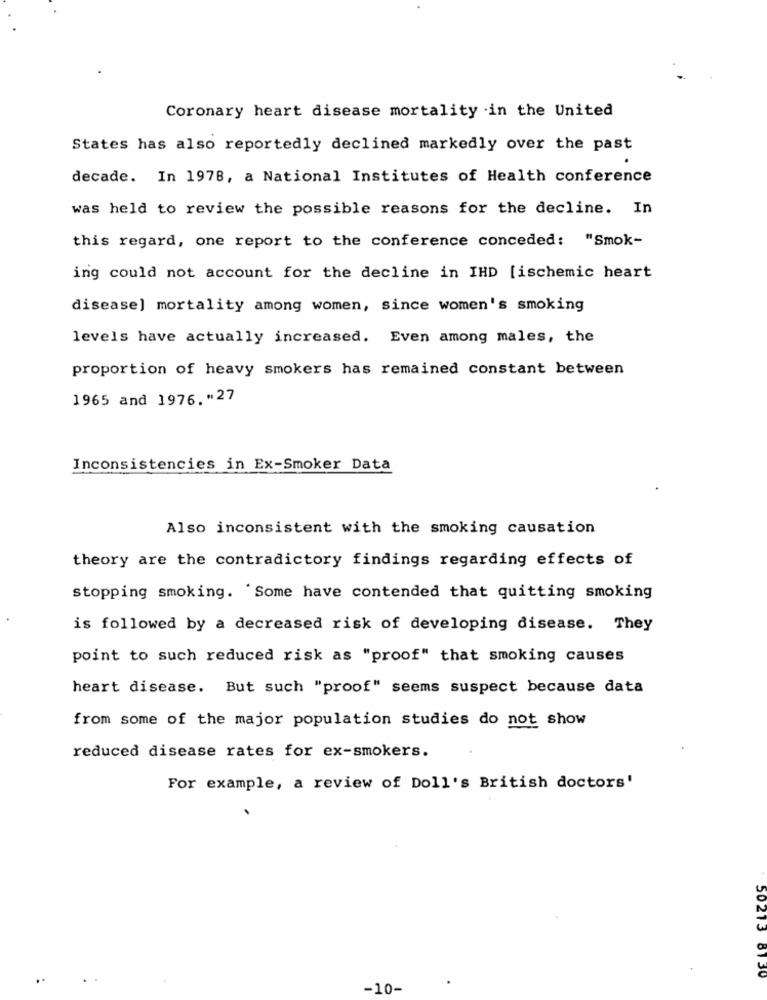
Coronary heart disease mortality in the United
States has also reportedly declined markedly over the past
decade. In 1978, a National Institutes of Health conference
was held to review the possible reasons for the decline. In
this regard, one report to the conference conceded: "Smok-
ing could not account for the decline in IHD [ischemic heart
disease) mortality among women, since women's smoking
levels have actually increased. Even among males, the
proportion of heavy smokers has remained constant between
1965 and 1976. "27
Inconsistencies in Ex-Smoker Data
Also inconsistent with the smoking causation
theory are the contradictory findings regarding effects of
stopping smoking. Some have contended that quitting smoking
is followed by a decreased risk of developing disease. They
point to such reduced risk as "proof" that smoking causes
heart disease. But such "proof" seems suspect because data
from some of the major population studies do not show
reduced disease rates for ex-smokers.
For example, a review of Doll's British doctors'
50213 8130
-10-